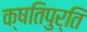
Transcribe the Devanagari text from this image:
क्षतिपुर्ति